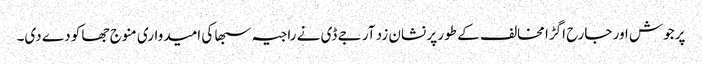
پرجوش اور جارح اگڑا مخالف کے طور پر نشان زد آر جے ڈی نے راجیہ سبھا کی امیدواری منوج جھا کو دے دی۔